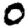
Digit: 0